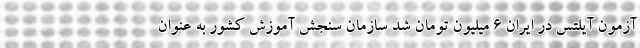
آزمون آیلتس در ایران ۶ میلیون تومان شد سازمان سنجش آموزش کشور به عنوان